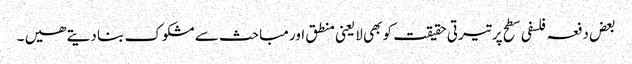
بعض دفعہ فلسفی سطح پر تیرتی حقیقت کو بھی لایعنی منطق اور مباحث سے مشکوک بنا دیتے ھیں ۔